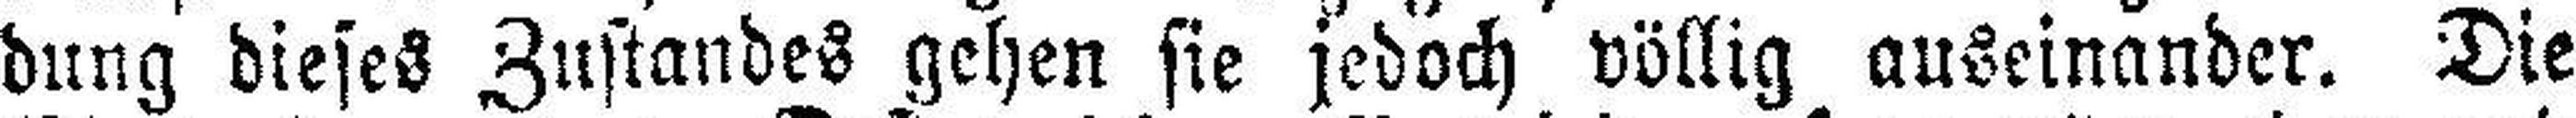
dung dieses Zustandes gehen sie jedoch völlig auseinander. Die